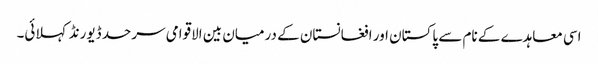
اسی معاہدے کے نام سے پاکستان اور افغانستان کے درمیان بین الاقوامی سرحد ڈیورنڈ کہلائی۔